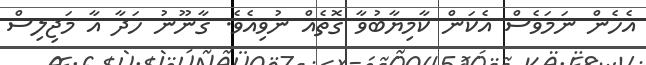
އެހެން ނަމަވެސް އެކަން ކާމިޔާބުވާ ގޮތެއް ނުވިއެވެ. ގާނޫނު ހަދާ އާ މަޖިލިސް